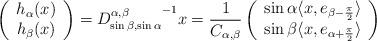
LaTeX: \begin{align*}\left(\begin{array}{c}h_\alpha (x) \\ h_\beta (x)\end{array}\right )={ D^{\alpha,\beta}_{\sin \beta, \sin \alpha} }^{-1} x= \frac{1}{C_{\alpha,\beta}}\left ( \begin{array} {cc} \sin \alpha \langle x, e_{\beta-\frac{\pi}{2}} \rangle\\ \sin \beta \langle x, e_{\alpha + \frac{\pi}{2}} \rangle\end{array} \right )\end{align*}